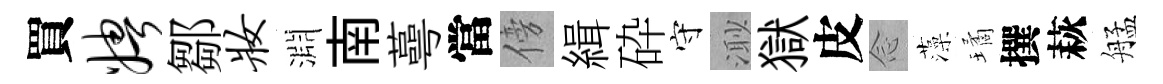
買娉鄒妆淵南蕚當傍緝砕守𣺌獄皮𫝹藻璚撰萩艋